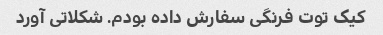
کیک توت فرنگی سفارش داده بودم. شکلاتی آورد